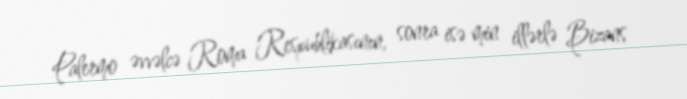
Palermo əvvəlcə Roma Respublikasının, sonra isə min illərlə Bizans